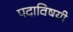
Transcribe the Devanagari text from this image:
पदाविषयी